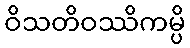
ဝိသတိဝဿိကမ္ပိ